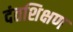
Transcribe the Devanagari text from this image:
दंतशिक्षण